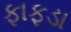
ફાફડા